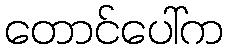
တောင်ပေါ်က